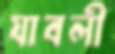
যাবলী